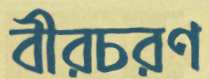
বীরচরণ